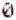
0